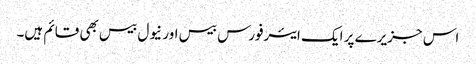
اس جزیرے پر ایک ایئرفورس بیس اور نیول بیس بھی قائم ہیں۔